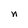
Character: n